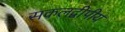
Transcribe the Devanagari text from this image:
सकलद्वीपीय